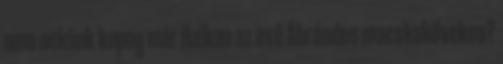
nem nekünk kopog már Halkan az eső Ábrándos macskaköveken?